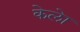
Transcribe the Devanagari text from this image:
केलेा